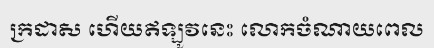
ក្រដាស ហើយឥឡូវនេះ លោកចំណាយពេល